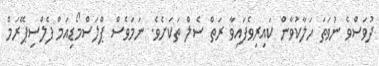
ދުވަސްވެ ނުވަތަ ހަލާކުވާން ކައިރިވެފައިވާ ރަތް ސެލް ތަކަށެވެ. ނަމަވެސް ޕްލަސްމޯޑިއަމް ފެލްސިޕޭރަމް